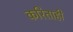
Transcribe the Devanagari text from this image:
करिताही